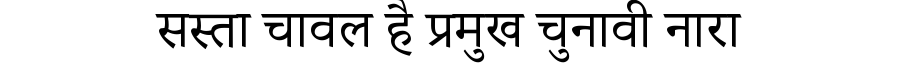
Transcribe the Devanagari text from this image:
सस्ता चावल है प्रमुख चुनावी नारा